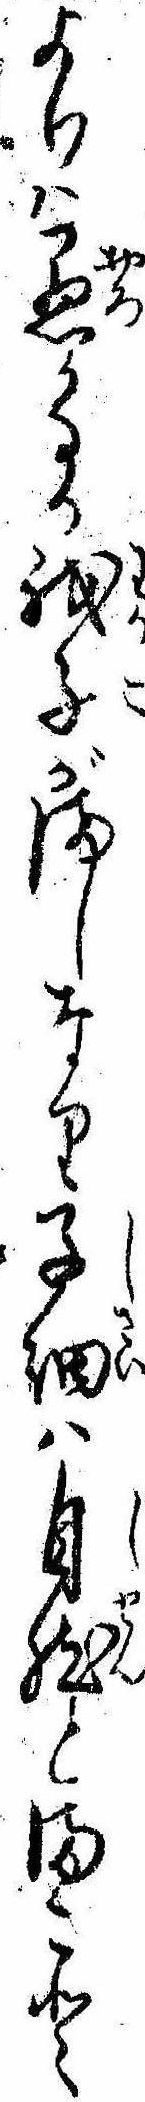
よりは愚かなる我子がましなり子細は自然とまこと